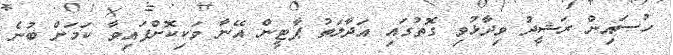
ހުސައިން ރަޝީދު ވިދާޅުވި ގޮތުގައި އަދާލަތު ޕާޓީން އޭނާ ވަކިކޮށްފައިވާ ކަމަށް ބުނެ